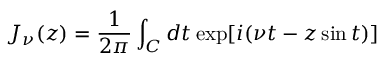
J _ { \nu } ( z ) = \frac { 1 } { 2 \pi } \int _ { C } d t \exp [ i ( \nu t - z \sin t ) ]